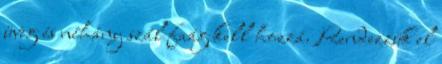
üveg és néhány szál faág kell hozzá. Rendezzük el